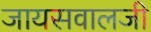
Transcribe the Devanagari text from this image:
जायसवालजी